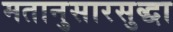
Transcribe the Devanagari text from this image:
मतानुसारसुद्धा